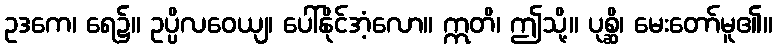
ဥဒကေ၊ ရေ၌။ ဥပ္ပိလဝေယျ၊ ပေါ်နိုင်အံ့လော။ ဣတိ၊ ဤသို့။ ပုစ္ဆိ၊ မေးတော်မူ၏။